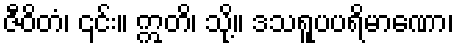
ဇီဝိတံ၊ ၎င်း။ ဣတိ၊ သို့။ ဒသရူပပရိမာဏော၊